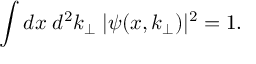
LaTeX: \int d x \; d ^ { 2 } k _ { \perp } \; | \psi ( x , k _ { \perp } ) | ^ { 2 } = 1 .